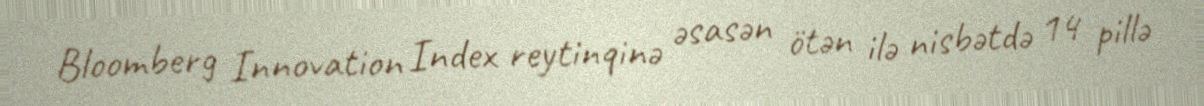
Bloomberg Innovation Index reytinqinə əsasən ötən ilə nisbətdə 14 pillə